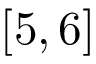
[ 5 , 6 ]